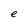
Character: e